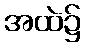
အထဲ၌